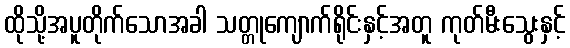
ထိုသို့အပူတိုက်သောအခါ သတ္တုကျောက်ရိုင်းနှင့်အတူ ကုတ်မီးသွေးနှင့်